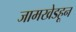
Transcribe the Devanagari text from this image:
जामखेडहून